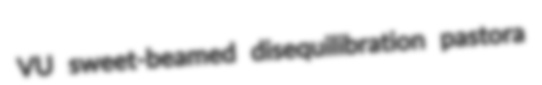
VU sweet-beamed disequilibration pastora